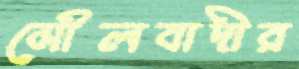
মৌলবাদীর